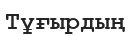
Тұғырдың